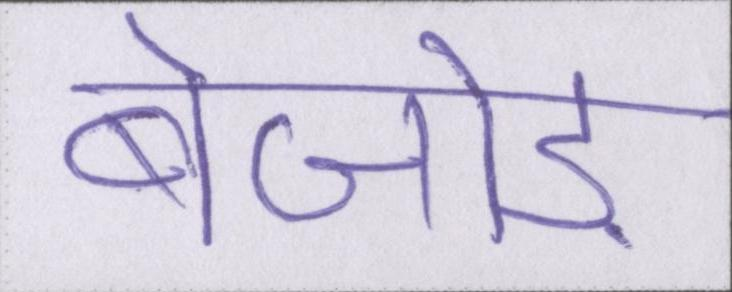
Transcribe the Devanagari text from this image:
बेजोड़